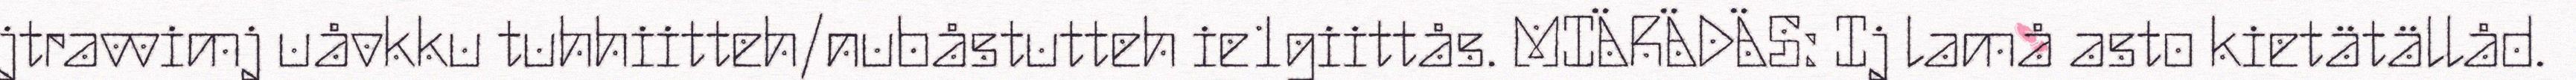
jtravvimj uåvkku tuhhiitteh/nubåstutteh ie1giittås. MIÄRÄDÄS: Ij lamå asto kietätällåd.